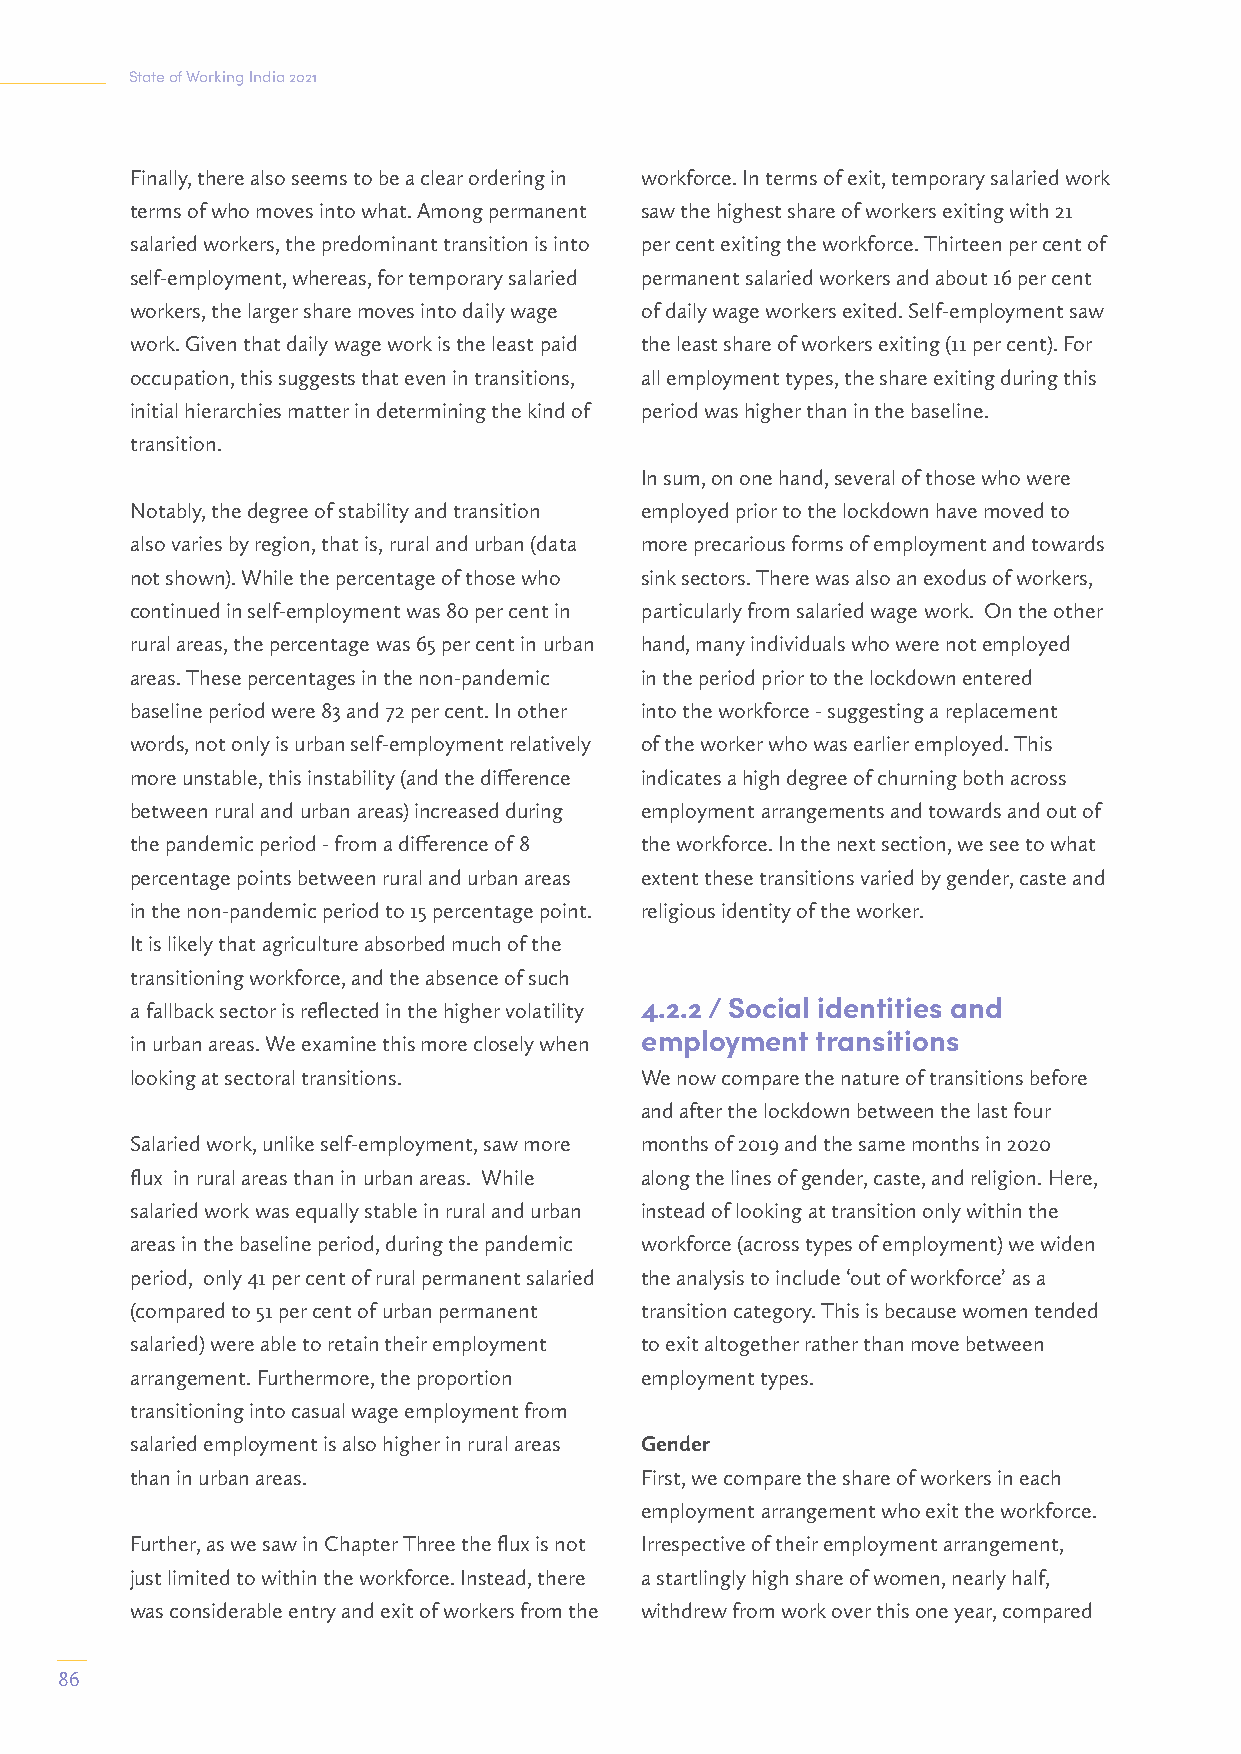
State of Working India 2021
 Finally, there also seems to be a clear ordering in workforce. In terms of exit, temporary salaried work
 terms of who moves into what. Among permanent saw the highest share of workers exiting with 21
 salaried workers, the predominant transition is into per cent exiting the workforce. Thirteen per cent of
 self-employment, whereas, for temporary salaried permanent salaried workers and about 16 per cent
 workers, the larger share moves into daily wage of daily wage workers exited. Self-employment saw
 work. Given that daily wage work is the least paid the least share of workers exiting (11 per cent). For
 occupation, this suggests that even in transitions, all employment types, the share exiting during this
 initial hierarchies matter in determining the kind of period was higher than in the baseline.
 transition.
 In sum, on one hand, several of those who were
 Notably, the degree of stability and transition employed prior to the lockdown have moved to
 also varies by region, that is, rural and urban (data more precarious forms of employment and towards
 not shown). While the percentage of those who sink sectors. There was also an exodus of workers,
 continued in self-employment was 80 per cent in particularly from salaried wage work. On the other
 rural areas, the percentage was 65 per cent in urban hand, many individuals who were not employed
 areas. These percentages in the non-pandemic in the period prior to the lockdown entered
 baseline period were 83 and 72 per cent. In other into the workforce - suggesting a replacement
 words, not only is urban self-employment relatively of the worker who was earlier employed. This
 more unstable, this instability (and the difference indicates a high degree of churning both across
 between rural and urban areas) increased during employment arrangements and towards and out of
 the pandemic period - from a difference of 8 the workforce. In the next section, we see to what
 percentage points between rural and urban areas extent these transitions varied by gender, caste and
 in the non-pandemic period to 15 percentage point. religious identity of the worker.
 It is likely that agriculture absorbed much of the
 transitioning workforce, and the absence of such
 a fallback sector is reflected in the higher volatility 4.2.2 / Social identities and
 in urban areas. We examine this more closely when employment transitions
 looking at sectoral transitions. We now compare the nature of transitions before
 and after the lockdown between the last four
 Salaried work, unlike self-employment, saw more months of 2019 and the same months in 2020
 flux in rural areas than in urban areas. While along the lines of gender, caste, and religion. Here,
 salaried work was equally stable in rural and urban instead of looking at transition only within the
 areas in the baseline period, during the pandemic workforce (across types of employment) we widen
 period, only 41 per cent of rural permanent salaried the analysis to include ‘out of workforce’ as a
 (compared to 51 per cent of urban permanent transition category. This is because women tended
 salaried) were able to retain their employment to exit altogether rather than move between
 arrangement. Furthermore, the proportion employment types.
 transitioning into casual wage employment from
 salaried employment is also higher in rural areas Gender
 than in urban areas.             First, we compare the share of workers in each
 employment arrangement who exit the workforce.
 Further, as we saw in Chapter Three the flux is not Irrespective of their employment arrangement,
 just limited to within the workforce. Instead, there a startlingly high share of women, nearly half,
 was considerable entry and exit of workers from the withdrew from work over this one year, compared
 86